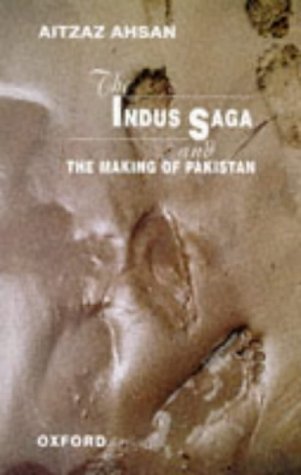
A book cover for The Indus Saga and the Making of Pakistan; Aitzaz Ahsan; History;